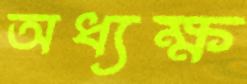
অধ্যক্ষ